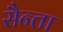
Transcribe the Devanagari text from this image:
सैन्ता